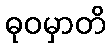
ဓုဝမှာတိ